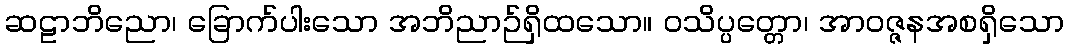
ဆဠာဘိညော၊ ခြောက်ပါးသော အဘိညာဉ်ရှိထသော။ ဝသိပ္ပတ္တော၊ အာဝဇ္ဇနအစရှိသော